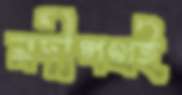
নদীপথই